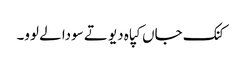
کنک جاں کپاہ دیو تے سودا لے لوو۔